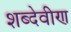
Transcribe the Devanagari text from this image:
शब्देवीण